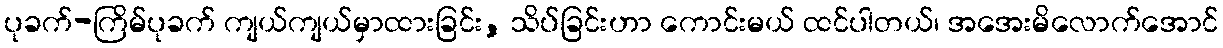
ပုခက်-ကြိမ်ပုခက် ကျယ်ကျယ်မှာထားခြင်း, သိပ်ခြင်းဟာ ကောင်းမယ် ထင်ပါတယ်၊ အအေးမိလောက်အောင်